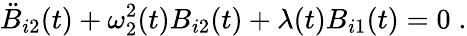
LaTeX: \ddot{B}_{i2}(t)+\omega_{2}^{2}(t)B_{i2}(t)+\lambda(t)B_{i1}(t)=0\; .